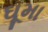
ઘૂમા